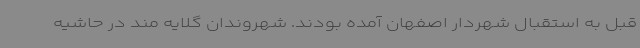
قبل به استقبال شهردار اصفهان آمده بودند. شهروندان گلایه مند در حاشیه